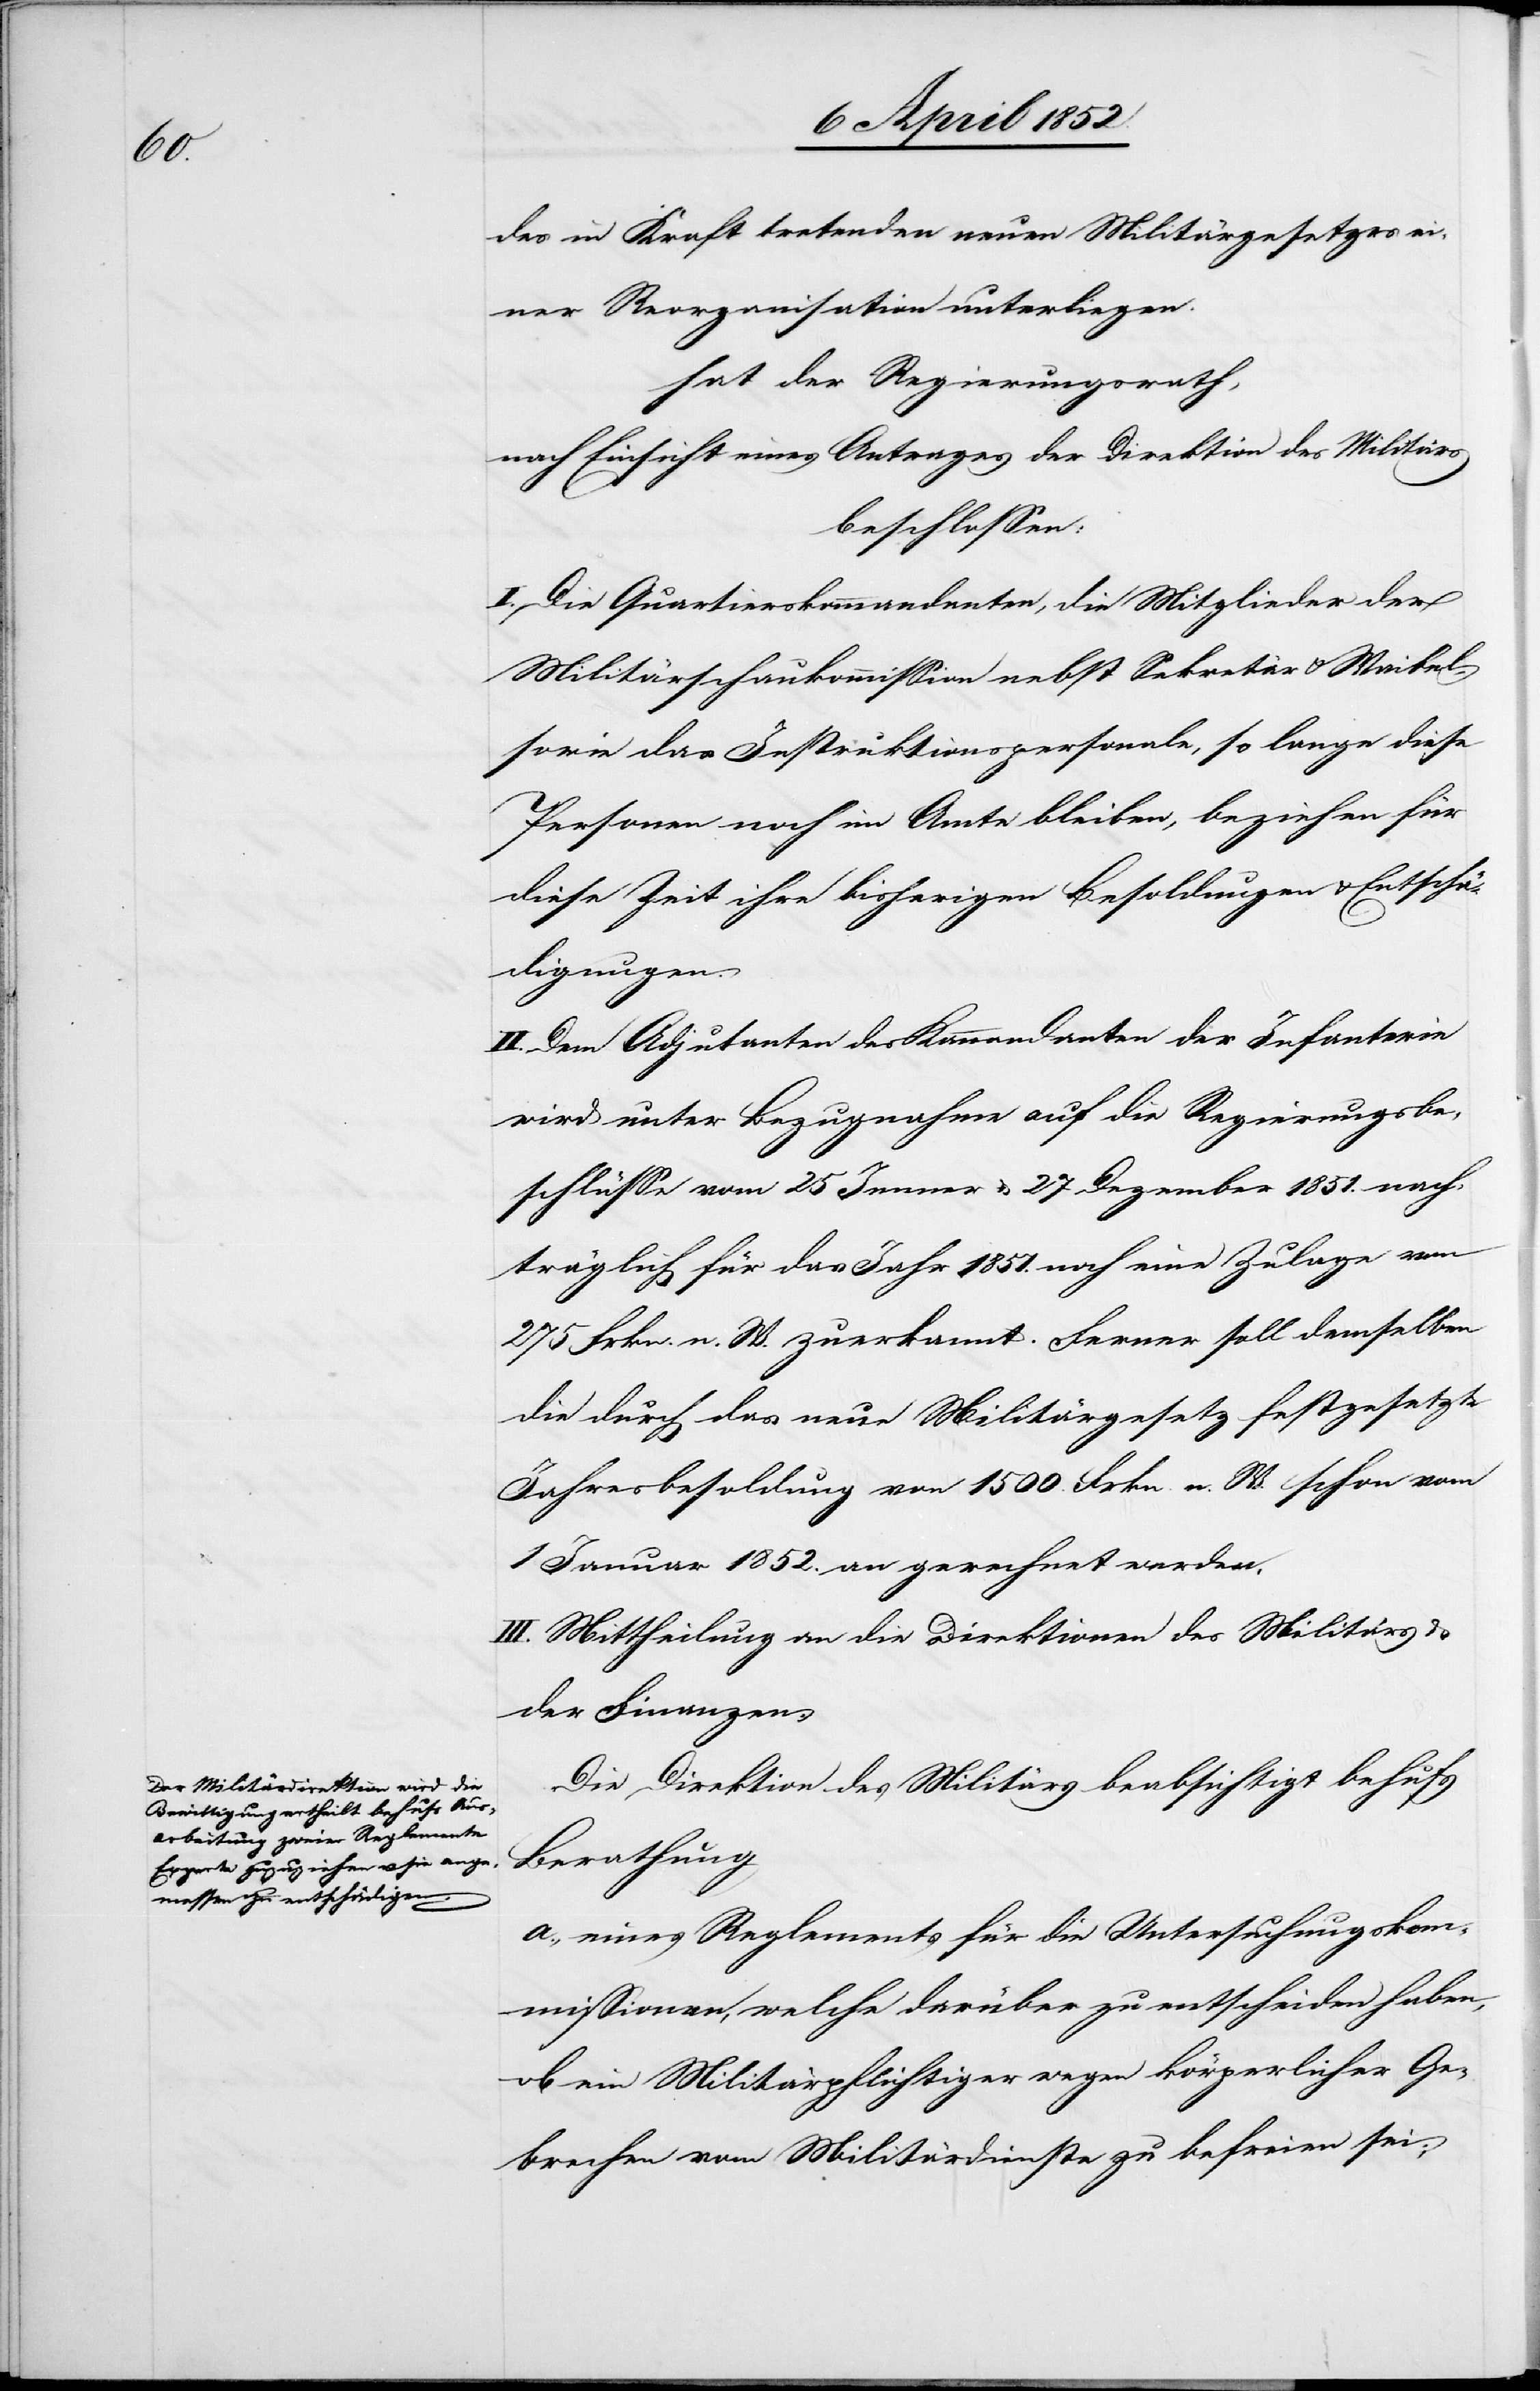
des in Kraft tretenden neuen Militärgesetzes ei¬
ner Reorganisation unterliegen.
hat der Regierungsrath,
nach Einsicht eines Antrages der Direktion des Militärs
beschlossen:
I. Die Quartierskommandanten, die Mitglieder der
Militärschaukommission nebst Sekretär & Waibel,
sowie das Instruktionspersonale, so lange diese
Personen noch im Amte bleiben, beziehen für
diese Zeit ihre bisherigen Besoldungen & Entschä¬
digungen.
II. Dem Adjutanten des Kommandanten der Infanterie
wird unter Bezugnahme auf die Regierungsbe¬
schlüsse vom 25 Jenner & 27 Dezember 1851. nach¬
träglich für das Jahr 1851. noch eine Zulage von
275 Frkn. n. W. zuerkannt. Ferner soll demselben
die durch das neue Militärgesetz festgesetzte
Jahresbesoldung von 1500. Frkn. n. W. schon vom
1 Januar 1852. an gerechnet werden.
III. Mittheilung an die Direktionen des Militärs
der Finanzen.
Die Direktion des Militärs beabsichtigt behufs
Berathung
a., eines Reglements für die Untersuchungskom¬
missionen, welche darüber zu entscheiden haben,
ob ein Militärpflichtiger wegen körperlicher Ge¬
brechen vom Militärdienste zu befreien sei;